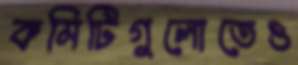
কমিটিগুলোতেও